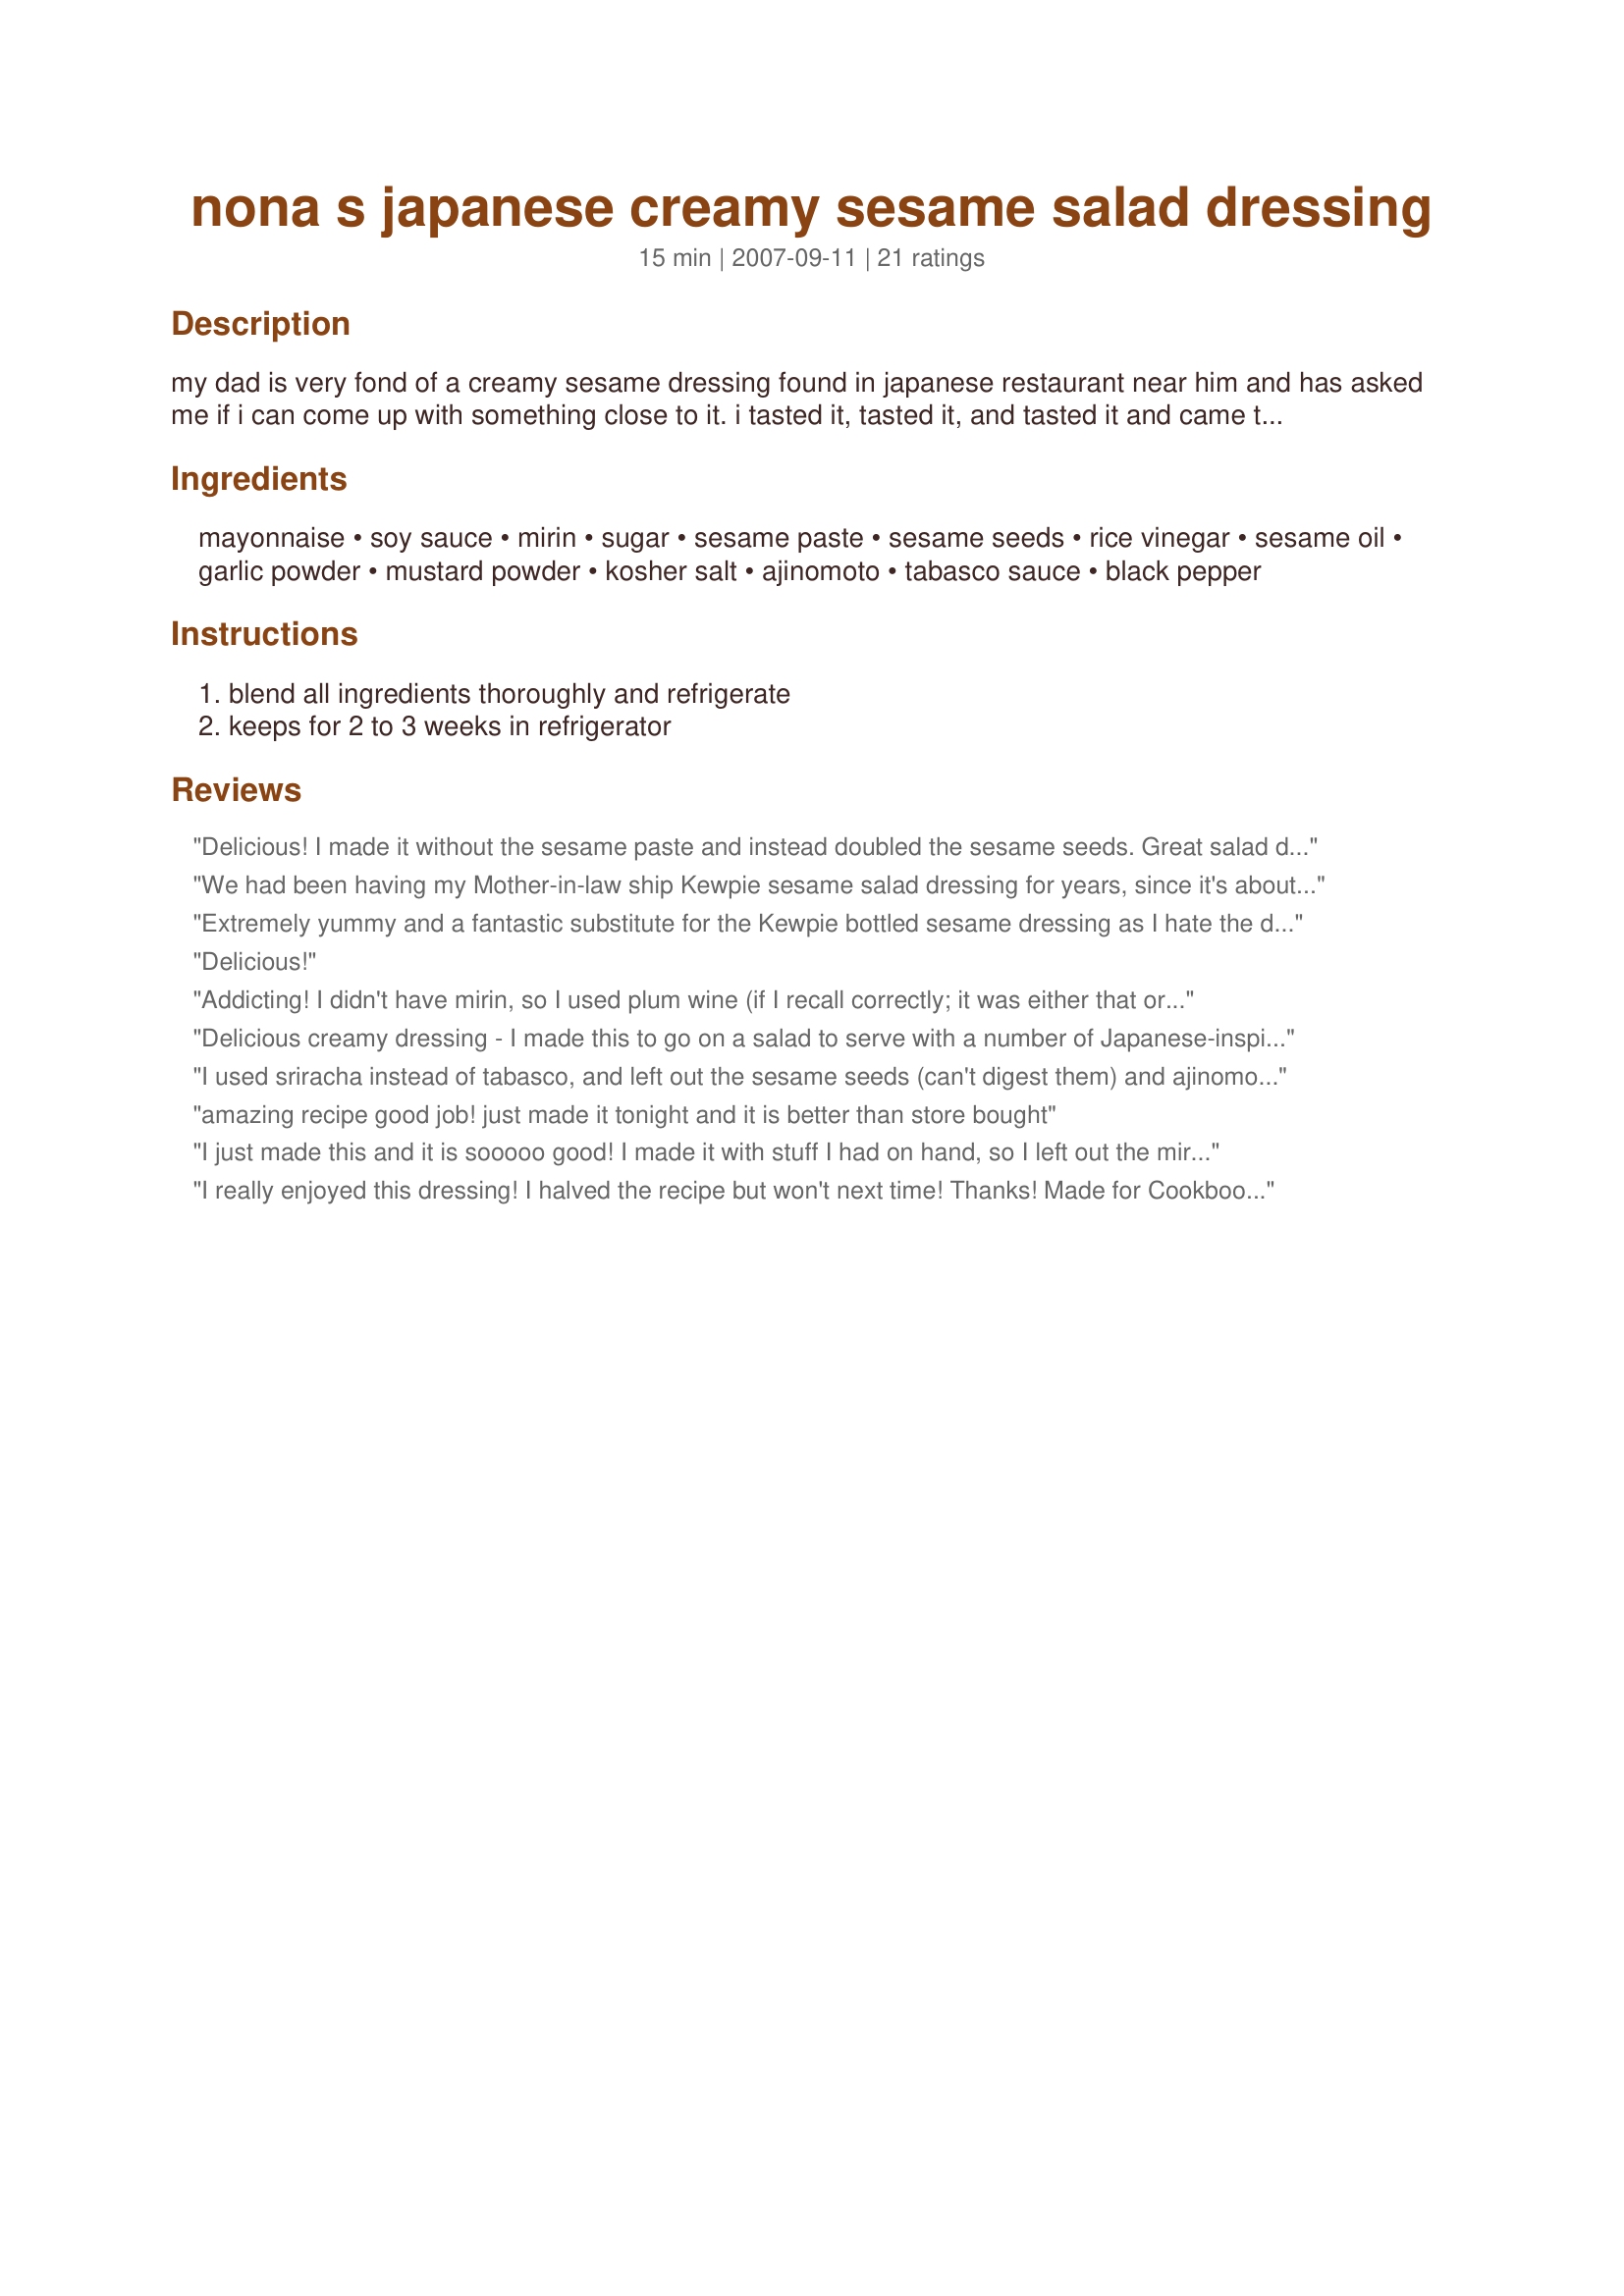
nona s japanese creamy sesame salad dressing
Preparation time: 15 minutes

my dad is very fond of a creamy sesame dressing found in japanese restaurant near him and has asked me if i can come up with something close to it. i tasted it, tasted it, and tasted it and came to a conclusion that it's a commercial based salad dressing with raw eggs, very sharp vinegar taste reminiscent of kewpie mayonnaise taste and something else i could not pinpoint. that salad dressing is good, but when you taste it by itself, i realize there were lots of stablizers, preservatives, and chemical taste that i did not like. but still, i had to come up with something for dad because he was paying $5 for a cup of this dressing and he was going through it quickly. this is my rendition and i think much tastier one that i am proud of. you can easily grind roasted sesame seeds in coffee grinder for 1 second or you can mortar and pestle. it should only be partially ground

Ingredients:
mayonnaise, soy sauce, mirin, sugar, sesame paste, sesame seeds, rice vinegar, sesame oil, garlic powder, mustard powder, kosher salt, ajinomoto, tabasco sauce, black pepper

Steps:
blend all ingredients thoroughly and refrigerate, keeps for 2 to 3 weeks in refrigerator

Reviews:
Delicious! I made it without the sesame paste and instead doubled the sesame seeds. Great salad dressing!
We had been having my Mother-in-law ship Kewpie sesame salad dressing for years, since it's about the best we ever had. After we found this recipie and tried it, we agree that it taste like it came right out of the Kewpie bottle. Great job Rinshinomori. We are so impressed, and now we can save a lot on the shipping costs!
Extremely yummy and a fantastic substitute for the Kewpie bottled sesame dressing as I hate the dry mouth after effect of the msg in that dressing. <br/><br/>Didn't have mirin but substituted some other cooking wine for it. Still great!
Delicious!
Addicting! I didn't have mirin, so I used plum wine (if I recall correctly; it was either that or cooking sherry). I also left out the tahini (didn't have any), ajinomoto, and tobasco. STILL delicious, thanks for posting.
Delicious creamy dressing - I made this to go on a salad to serve with a number of Japanese-inspired dishes and it was a hit! Thank you so much for posting.
I used sriracha instead of tabasco, and left out the sesame seeds (can't digest them) and ajinomoto (didn't have it). Really delicious.
amazing recipe good job! just made it tonight and it is better than store bought
I just made this and it is sooooo good! I made it with stuff I had on hand, so I left out the mirin, sesame seeds, ajinomoto, and Tabasco. Wow! I think I'll never buy salad dressing again! Thanks!
I really enjoyed this dressing! I halved the recipe but won't next time! Thanks! Made for Cookbook Tag.
My husband has turned down salad in the past because we ran out of Japanese dressing. I tried this first and need not move on!!! Its a new family favorite.
Thank you SO much for posting this! It's absolutely perfect. <br/><br/>After making a batch as described (delicious), I tried a variation with slightly healthier ingredients. It came out amazingly well also. No guilt!!!! (well, less guilt anyway)<br/><br/>I substituted: organic vegennaise for the mayo ( i.e egg and processed oil free), agave nectar for the sugar ( i.e. no refined sugars; a little more than 1/2 the amount, since agave is so damn sweet), and no Ajinomoto (MSG). I also used organic soy sauce and tahini. YUM!
This dressing is fantastic. I love it and so does my family. It reminds me of Hirano's Japanese Restaurant's (in Savannah, GA) sauce. Thank you so much for posting it.
Mmmm...very nice salad dressing and veggie dip. I thought it was especially nice with peppery things like daikon, red radishes, and turnips. As written, I found it a bit too salty. The second time I made it, I reduced the salt to 1/2 tsp and the msg to 1/4, which seemed just right. It was super simple to mix together in a jar with a hand blender. Thanks for sharing your creation with us. I'm know I'll be making it often.
This is the best salad dressing I have ever made, and my family wants me to make it constantly. I can see why your father is addicted. :) I left out the ajinomoto, but otherwise followed the recipe. thank you so much for posting this - it's going straight to my permanent rotation cookbook! Made for ZWT4.
I lived in Japan for years and my wife and I had been trying to get a creamy sesame dressing for some time here in the states without luck. We finally decided to make our own when we stumbled on this recipe. Although I don't use the exact quantities recommended this recipe is excellent. Better than anything store bought we have tried. Highly recommended!
It is perfect. 99% alike as the store brought one. I think it tastes even better after a day in the fridge when all the flavors blend together. We finish the store bought one far too quick...like around three salads only, four if we are lucky. I dressed it with simple lettuce, tomato, Japanese crabs stick and Tofu as a salad. Makes a great lunch for summer. Thx a lot for the recipe. XXX
Excellent dressing! I served it with a spinach salad and Recipe #314587 as a dipping sauce. Both of us loved the dressing.
Excellent, with a few minor adjustments: used 1/2 tsp kosher salt, no MSG, and added 1/8 C kyoto miso (added depth). Added a little splash of water (miso thickened it a bit). Used on tofu salad (tofu chunks, bean sprouts, romaine lettuce, julienned cucumber and red bell pepper, sthredded carrot, and furikake). Delicious! Would be great on Chinese chicken salad, or soba noodle salad too.
Delicious! I think I might add a little ginger next time, but its great without it. Made for ZWT4 Flying Duchesses :)
Very nice creation! The flavor is really yummy in this dressing. The only change I made is to add only half the salt and skip the optional MSG. This covered 4 large salads for us.
